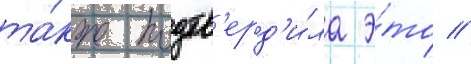
та́кже подтв'ерд'и́ла э́то //